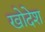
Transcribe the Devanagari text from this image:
खोदेश